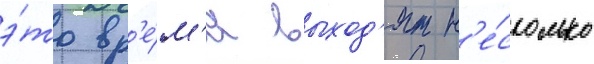
э́то вр'е́м'я выход'ят н'е́сколько